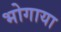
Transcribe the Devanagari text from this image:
भोगाया